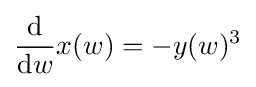
{\frac {\mathrm {d} }{\mathrm {d} w}}x(w)=-y(w)^{3}